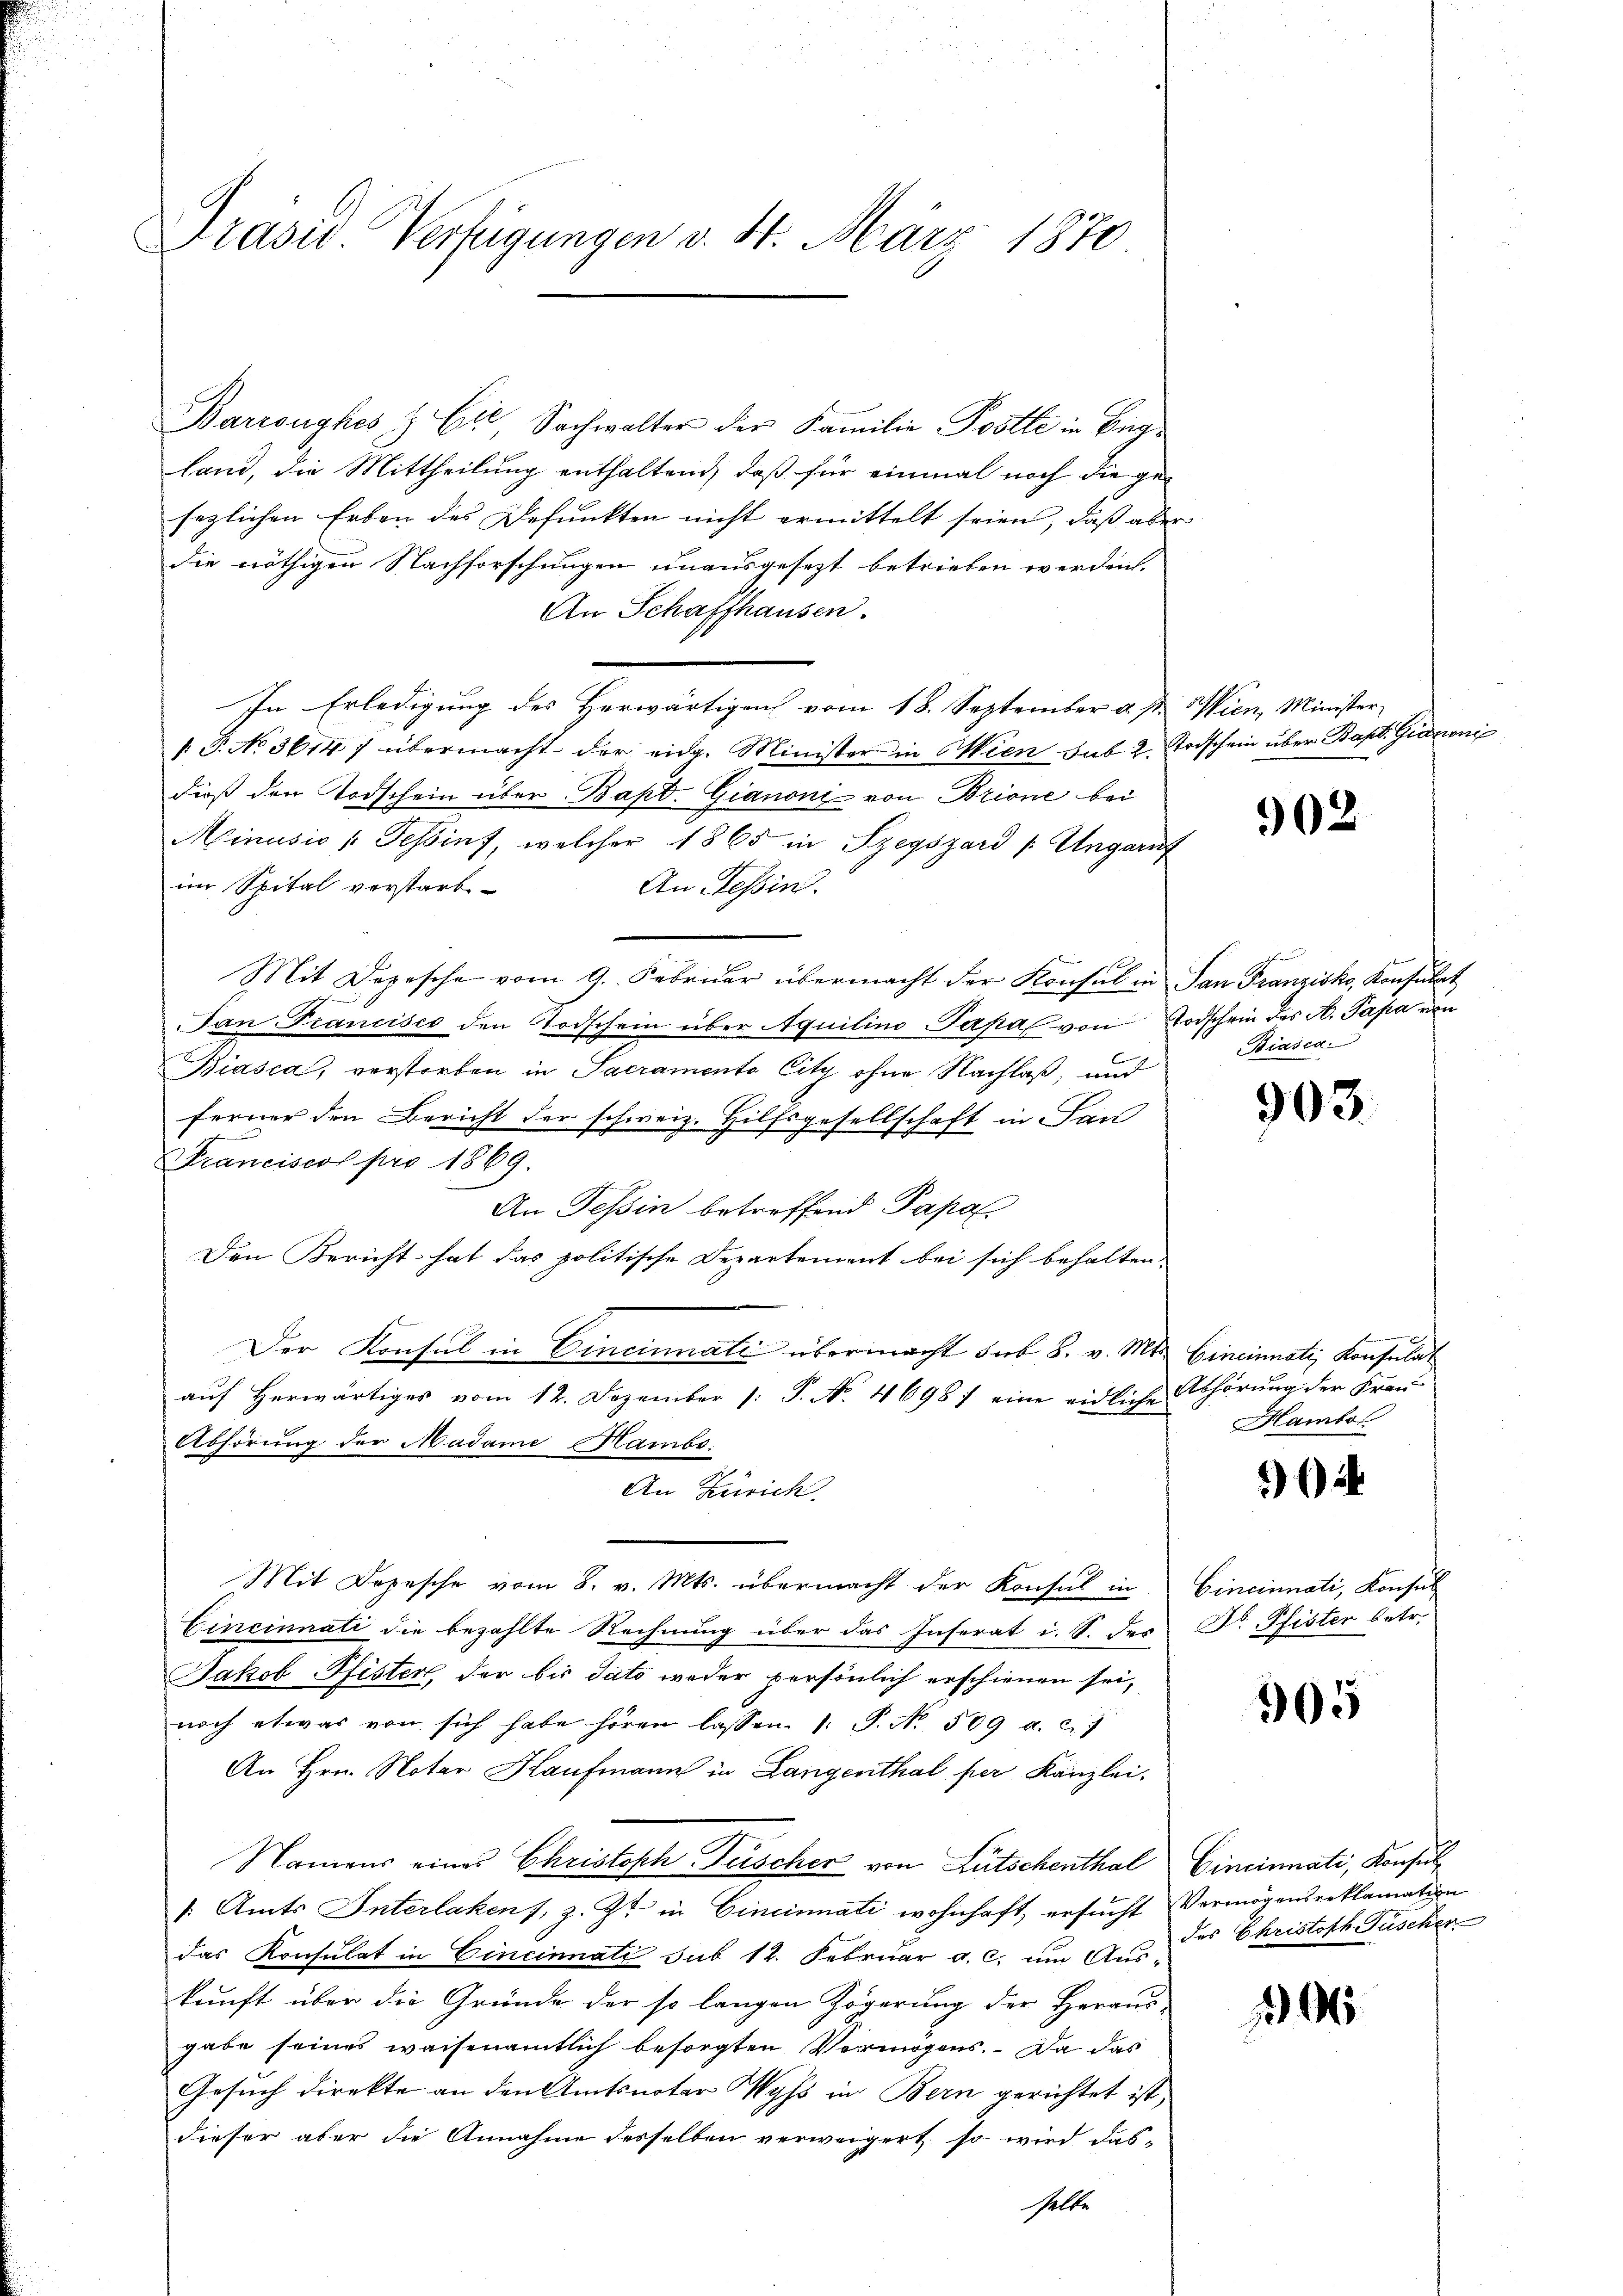
Präsid. Verfügungen v. 4. März 1870.

Barronghes & Cie, Sachwalter der Familie Postle in Beg
land, die Mittheilung enthaltend, daß für einmal noch die gesezlichen Erben des Defunkten nicht ermittelt seien, daß aber
die nöthigen Nachforschungen unausgesezt betrieben werden.
An Schaffhausen.
In Erledigung des Herwärtigen vom 18. September a. p.
 P. No 36147 übermacht der eidg. Minister in Wien sub. 2. Todschein über Bapt. Gidoni
dieß den Todschein über Bapt. Gianoni von Brione bei
Minusio " Teßinf, welcher 1865 in Szegszárd Ungarnf
im Spital verstarb
An Tessin.
Mit Depesche vom 9. Febrŭar übermacht der Konsul in San Franzisko, Konsulat
Tan Francisco den Stodschein über Aquilino Papa von Todschein des K. Papa von
Biasca, verstorben in Sacramento City ohne Nachlaß, und
ferner den Bericht der schweiz. Hilfsgesellschaft in San
d
Francisco pro 1869.
An Tessin betreffend Papa
Den Bericht hat das politische Departement bei sich behalten,
Der Konsul in Cincinnati übermacht sub 8. v. Mts.
aŭf herwärtiges vom 12. Dezember 1. P. No. 4698) eine eidliche Abhörung der Frau
Abhörung der Madame Hambe
An Zürich.
Mit Depesche vom 8. v. Mts. übermacht der Konsul in
Cincinnati die bezahlte Rechnung über das Inserat i. S. des
Jakob Pfister, der bis dato weder persönlich erschienen sei,
noch etwas von sich habe hören lassen. 1. P. No. 509 a. c.
An Hrn. Noter Kaufmann in Langenthal per Kanzlei.
Namens eines Christoph Fischer von Lütschenthal Cincinnati, Konsul¬
: Amts Interlakens, z. Zt. in Cincinati wohnhaft, ersucht Vermögensreklamation
das Konsulat in Cincinnati sub 12. Februar a. c. um Aus-
kŭnft über die Gründe der so langen Zögerŭng der Herans
gabe seines waisenamtlich besorgten Vermögens. Da das
Gesuch direkte an den Amtsnoter Wyss in Bern gerichtet ist,
dieser aber die Annahme desselben verweigert, so wird das-
helbe

Wien, Minister

962

Biasca.

903.

Cincinuati, Konsulat
Hambo

i

Cincinnati, Konsul
Dr. Pfister betr.

905

des Christoph Füscher

106